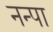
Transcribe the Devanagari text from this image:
नन्पा